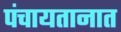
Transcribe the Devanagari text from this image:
पंचायतानात